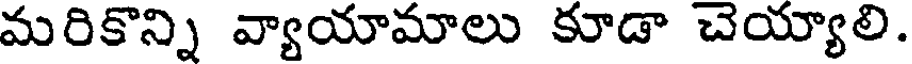
మరికొన్ని వ్యాయామాలు కూడా చెయ్యాలి.